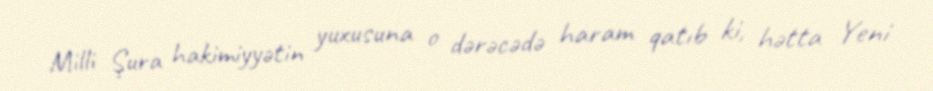
Milli Şura hakimiyyətin yuxusuna o dərəcədə haram qatıb ki, hətta Yeni